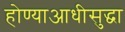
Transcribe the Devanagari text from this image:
होण्याआधीसुद्धा